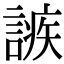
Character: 𧪠